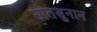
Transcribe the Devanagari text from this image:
सातसुनान